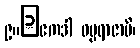
၉။	ဧကဒါ ဓမ္မရာဇာပိ၊